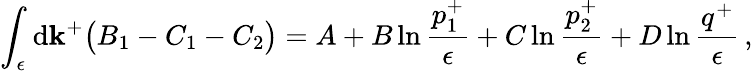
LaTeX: \int_{\epsilon}\mathrm{d}\mathbf{k}^{+}\big(B_{1}-C_{1}-C_{2}\big)=A+B\ln{\frac{{p_{1}^{+}}}{{\epsilon}}}+C\ln{\frac{{p_{2}^{+}}}{{\epsilon}}}+D\ln{\frac{{q^{+}}}{{\epsilon}}}\, ,